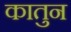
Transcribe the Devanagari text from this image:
कातुन